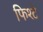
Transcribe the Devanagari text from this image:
फिश्टे